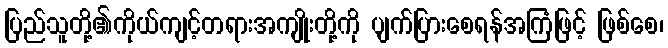
ပြည်သူတို့၏ကိုယ်ကျင့်တရားအကျိုးတို့ကို ပျက်ပြားစေရန်အကြံဖြင့် ဖြစ်စေ၊